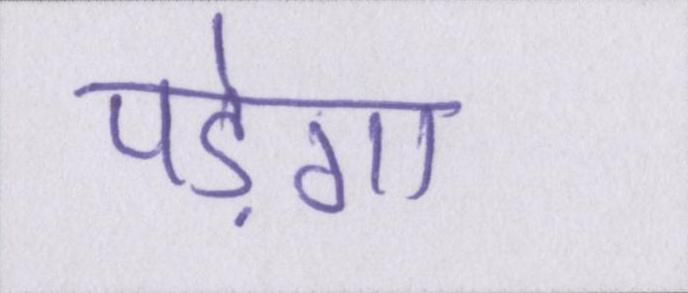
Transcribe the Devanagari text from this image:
पड़ेगा